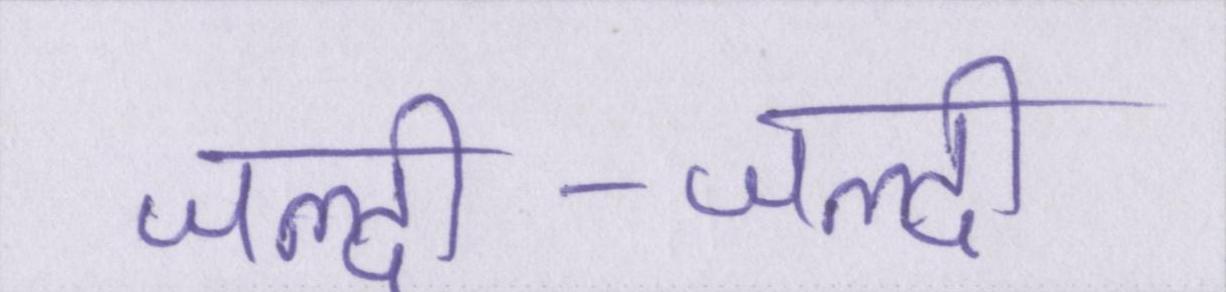
जल्दी-जल्दी